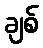
ချစ်